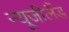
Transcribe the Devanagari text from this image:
न्‍यूजीलैंड